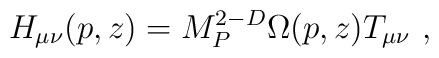
H_{\mu\nu}(p,z)=M_P^{2-D}\Omega(p,z) T_{\mu\nu}~,